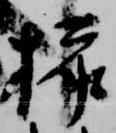
挿